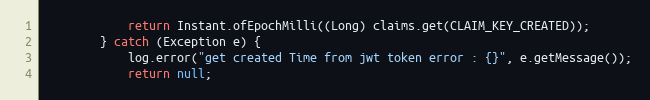
Language: Java
            return Instant.ofEpochMilli((Long) claims.get(CLAIM_KEY_CREATED));
        } catch (Exception e) {
            log.error("get created Time from jwt token error : {}", e.getMessage());
            return null;